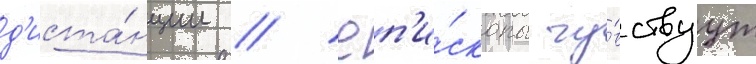
д'иста́нции // Еп'и́скопы чу́вствуут